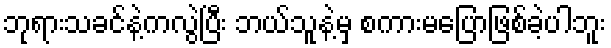
ဘုရားသခင်နဲ့ကလွဲပြီး ဘယ်သူနဲ့မှ စကားမပြောဖြစ်ခဲ့ပါဘူး